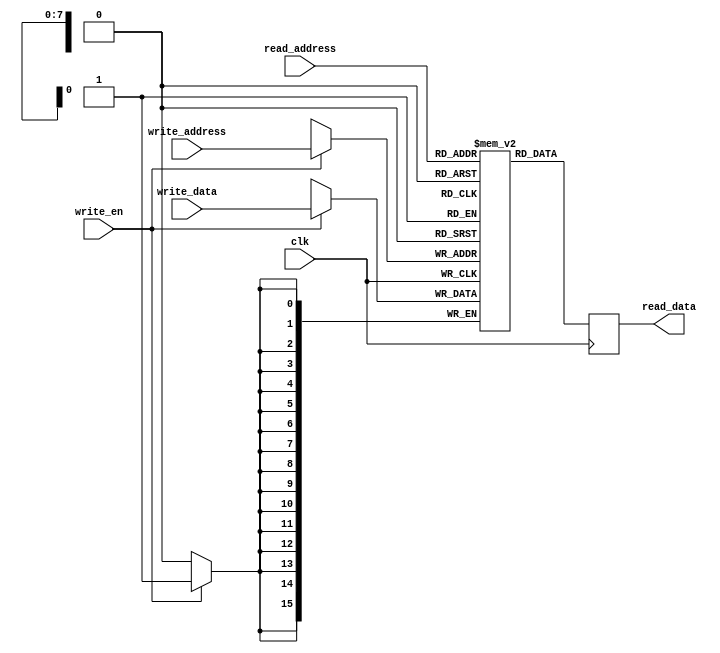
// dpram.v
//
// Copyright (C) 2020 Dan Rodrigues <danrr.gh.oss@gmail.com>
//
// SPDX-License-Identifier: MIT

`default_nettype none

module dpram #(
    parameter integer DATA_WIDTH = 16,
    parameter integer ADDRESS_WIDTH = 8,

    parameter integer DATA_BITS = DATA_WIDTH - 1,
    parameter integer ADDRESS_BITS = ADDRESS_WIDTH - 1
) (
    input clk,

    input write_en,
    input [ADDRESS_BITS:0] write_address,
    input [DATA_BITS:0] write_data,

    input [ADDRESS_BITS:0] read_address,
    output reg [DATA_BITS:0] read_data
);
    localparam WORDS = 1 << ADDRESS_WIDTH;

    reg [DATA_BITS:0] mem [0:WORDS - 1];

    always @(posedge clk) begin
        if (write_en) begin
            mem[write_address] <= write_data;
        end

        read_data <= mem[read_address];
    end

endmodule